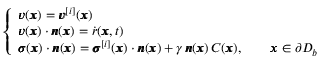
\left\{ \begin{array} { l l } { { \pmb v } ( { \pmb x } ) = { \pmb v } ^ { [ i ] } ( { \pmb x } ) } \\ { { \pmb v } ( { \pmb x } ) \cdot { \pmb n } ( { \pmb x } ) = \dot { r } ( { \pmb x } , t ) } \\ { { \pmb \sigma } ( { \pmb x } ) \cdot { \pmb n } ( { \pmb x } ) = { \pmb \sigma } ^ { [ i ] } ( { \pmb x } ) \cdot { \pmb n } ( { \pmb x } ) + \gamma \, { \pmb n } ( { \pmb x } ) \, C ( { \pmb x } ) , \qquad { \pmb x } \in \partial D _ { b } } \end{array} \right.